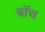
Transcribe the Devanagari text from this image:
बॉच